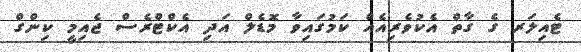
ޓެއިލަރ ގެ ގާތް އެކުވެރިއެއް ކަމުގައިވާ މޮޑެލް އަދި އެކްޓްރެސް ޖެއިމީ ކިންގް